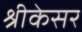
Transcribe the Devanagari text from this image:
श्रीकेसर